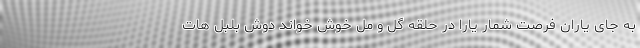
به جای یاران فرصت شمار یارا در حلقه گل و مل خوش خواند دوش بلبل هات